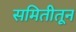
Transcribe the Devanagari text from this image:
समितीतून